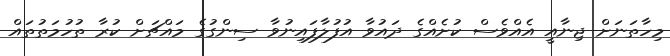
މިހާތަނަށް ޖިނާއީ އެއްވެސް ކުށެއްގެ ދައުވާ އުފުލާފައިނުވާ ސިންގުގެ މައްޗަށް ކުރާ ތުހުމަތުތައް